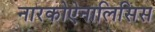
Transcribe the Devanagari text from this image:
नारकोऐनालिसिस